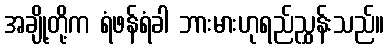
အချို့တို့က ရံဖန်ရံခါ ဘားမားဟုရည်ညွှန်းသည်။